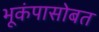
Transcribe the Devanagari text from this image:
भूकंपासोबत